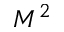
M ^ { 2 }